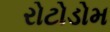
રોટોડોમ